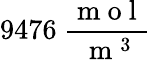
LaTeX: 9476\ \frac{\mathrm{~m~o~l~}}{\mathrm{~m~}^{3}}